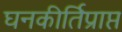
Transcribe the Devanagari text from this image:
घनकीर्तिप्राप्त